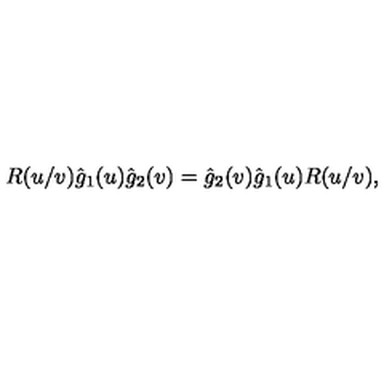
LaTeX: R ( u / v ) \hat { g } _ { 1 } ( u ) \hat { g } _ { 2 } ( v ) = \hat { g } _ { 2 } ( v ) \hat { g } _ { 1 } ( u ) R ( u / v ) ,